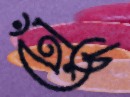
ঢোঁড়্‌